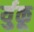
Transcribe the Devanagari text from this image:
र्युकू